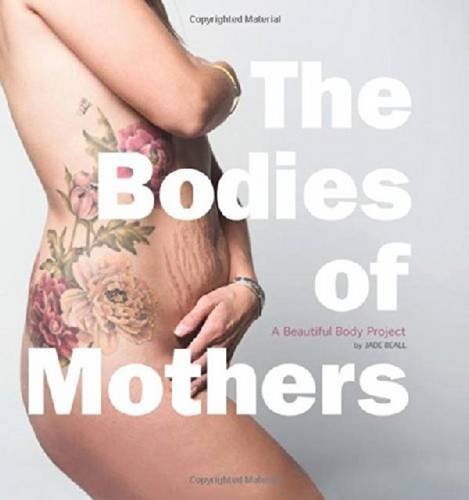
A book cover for The Bodies of Mothers: A Beautiful Body Project; Jade Beall; Arts & Photography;